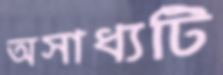
অসাধ্যটি